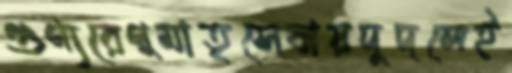
গুণ্যরেণুমাতৃসেবায়দুদলেই